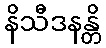
နိသီဒနန္တိ